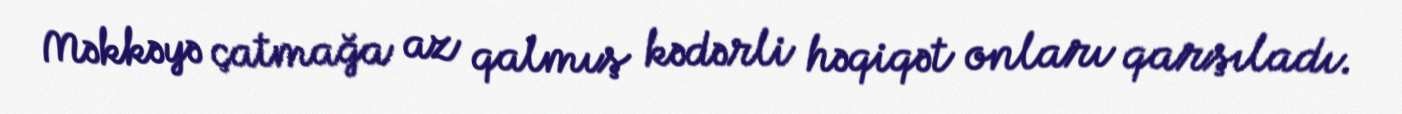
Məkkəyə çatmağa az qalmış kədərli həqiqət onları qarşıladı.